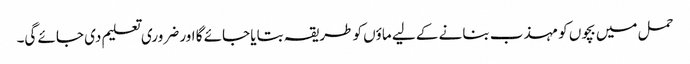
حمل میں بچوں کو مہذب بنانے کے لیے ماؤں کو طریقہ بتایا جائے گا اور ضروری تعلیم دی جائے گی۔